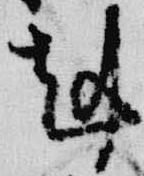
剋